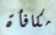
مكافأة